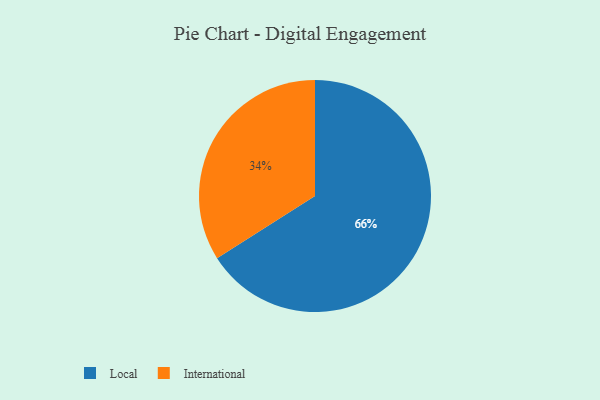
{"axis": {"x": "Category", "y": "Percentage"}, "legend": ["International", "Local"], "data": [{"x": "Local", "y": 66, "type": "Local"}, {"x": "International", "y": 34, "type": "International"}]}